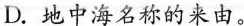
D.地中海名称的来由。